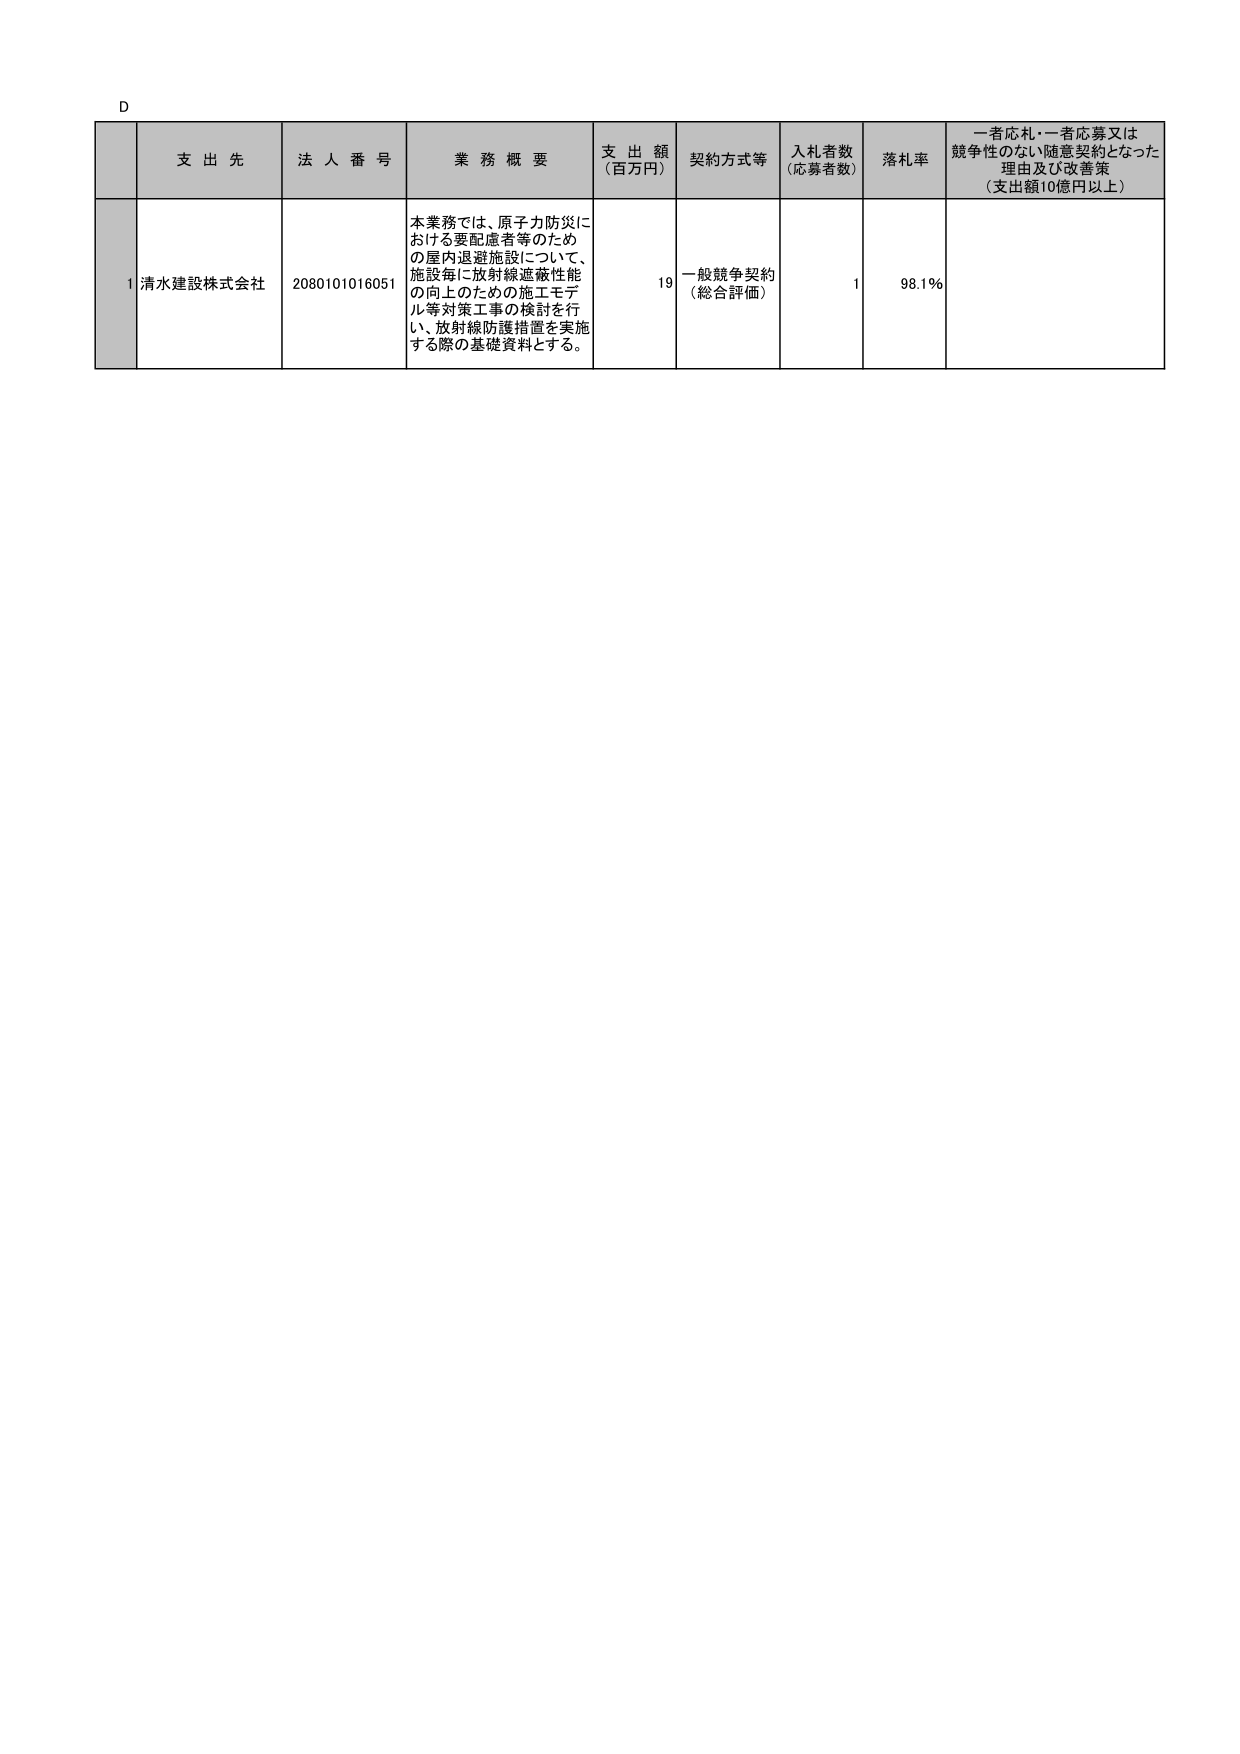
D

支出先 法人番号 業務概要 支出額 （百万円） 契約方式等 入札者数 （応募者数） 落札率 一者応札・一者応募又は 競争性のない随意契約となった 理由及び改善策 （支出額10億円以上）

1 清水建設株式会社 2080101016051 本業務では、原子力防災に おける要配慮者等のため の屋内退避施設について、 施設毎に放射線遮蔽性能 の向上のための施工モデ ル等対策工事の検討を行 い、放射線防護措置を実施 する際の基礎資料とする。 19 一般競争契約 （総合評価） 1 98.1%